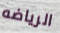
الرياضه